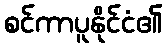
စင်ကာပူနိုင်ငံ၏